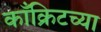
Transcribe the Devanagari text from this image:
काँक्रिटच्या